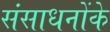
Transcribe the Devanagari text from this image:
संसाधनोंके